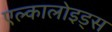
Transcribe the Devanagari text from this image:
एल्कालोइड्स